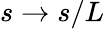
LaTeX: s\to s/L